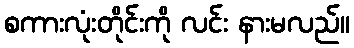
စကားလုံးတိုင်းကို လင်း နားမလည်။